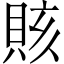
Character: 賅